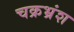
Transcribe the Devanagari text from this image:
चक्रभ्रंश